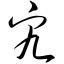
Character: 宄